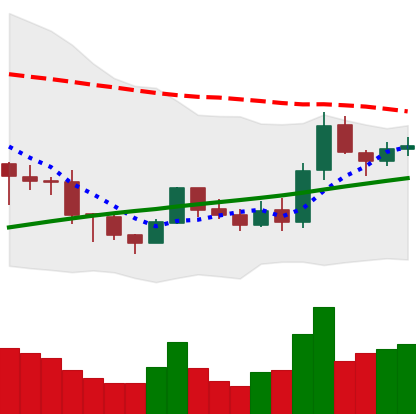
Ticker: BNB-USD
Chart end date: 2019-08-12
Forward return: -8.905%
Label: down_7plus